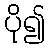
ပို၍